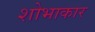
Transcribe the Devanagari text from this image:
शोभाकार